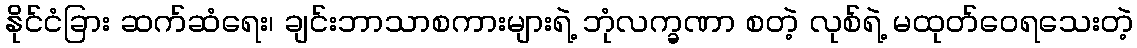
နိုင်ငံခြား ဆက်ဆံရေး၊ ချင်းဘာသာစကားများရဲ့ ဘုံလက္ခဏာ စတဲ့ လုစ်ရဲ့ မထုတ်ဝေရသေးတဲ့